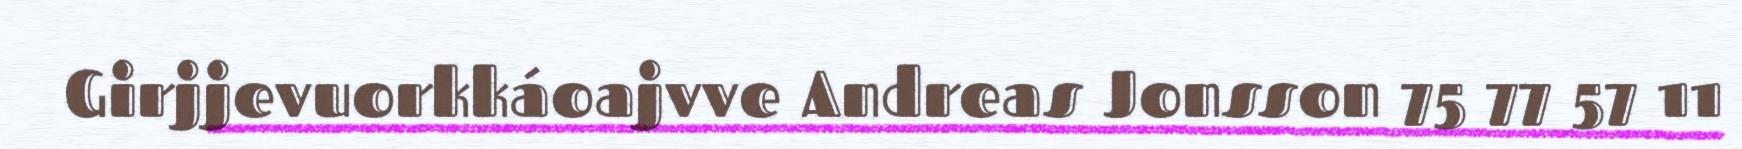
Girjjevuorkkáoajvve Andreas Jonsson 75 77 57 11